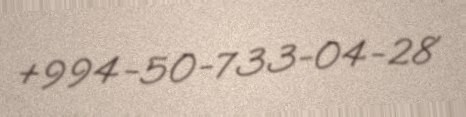
+994-50-733-04-28